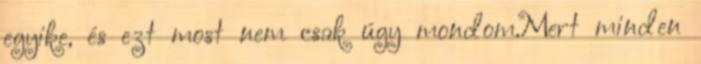
egyike, és ezt most nem csak úgy mondom.Mert minden